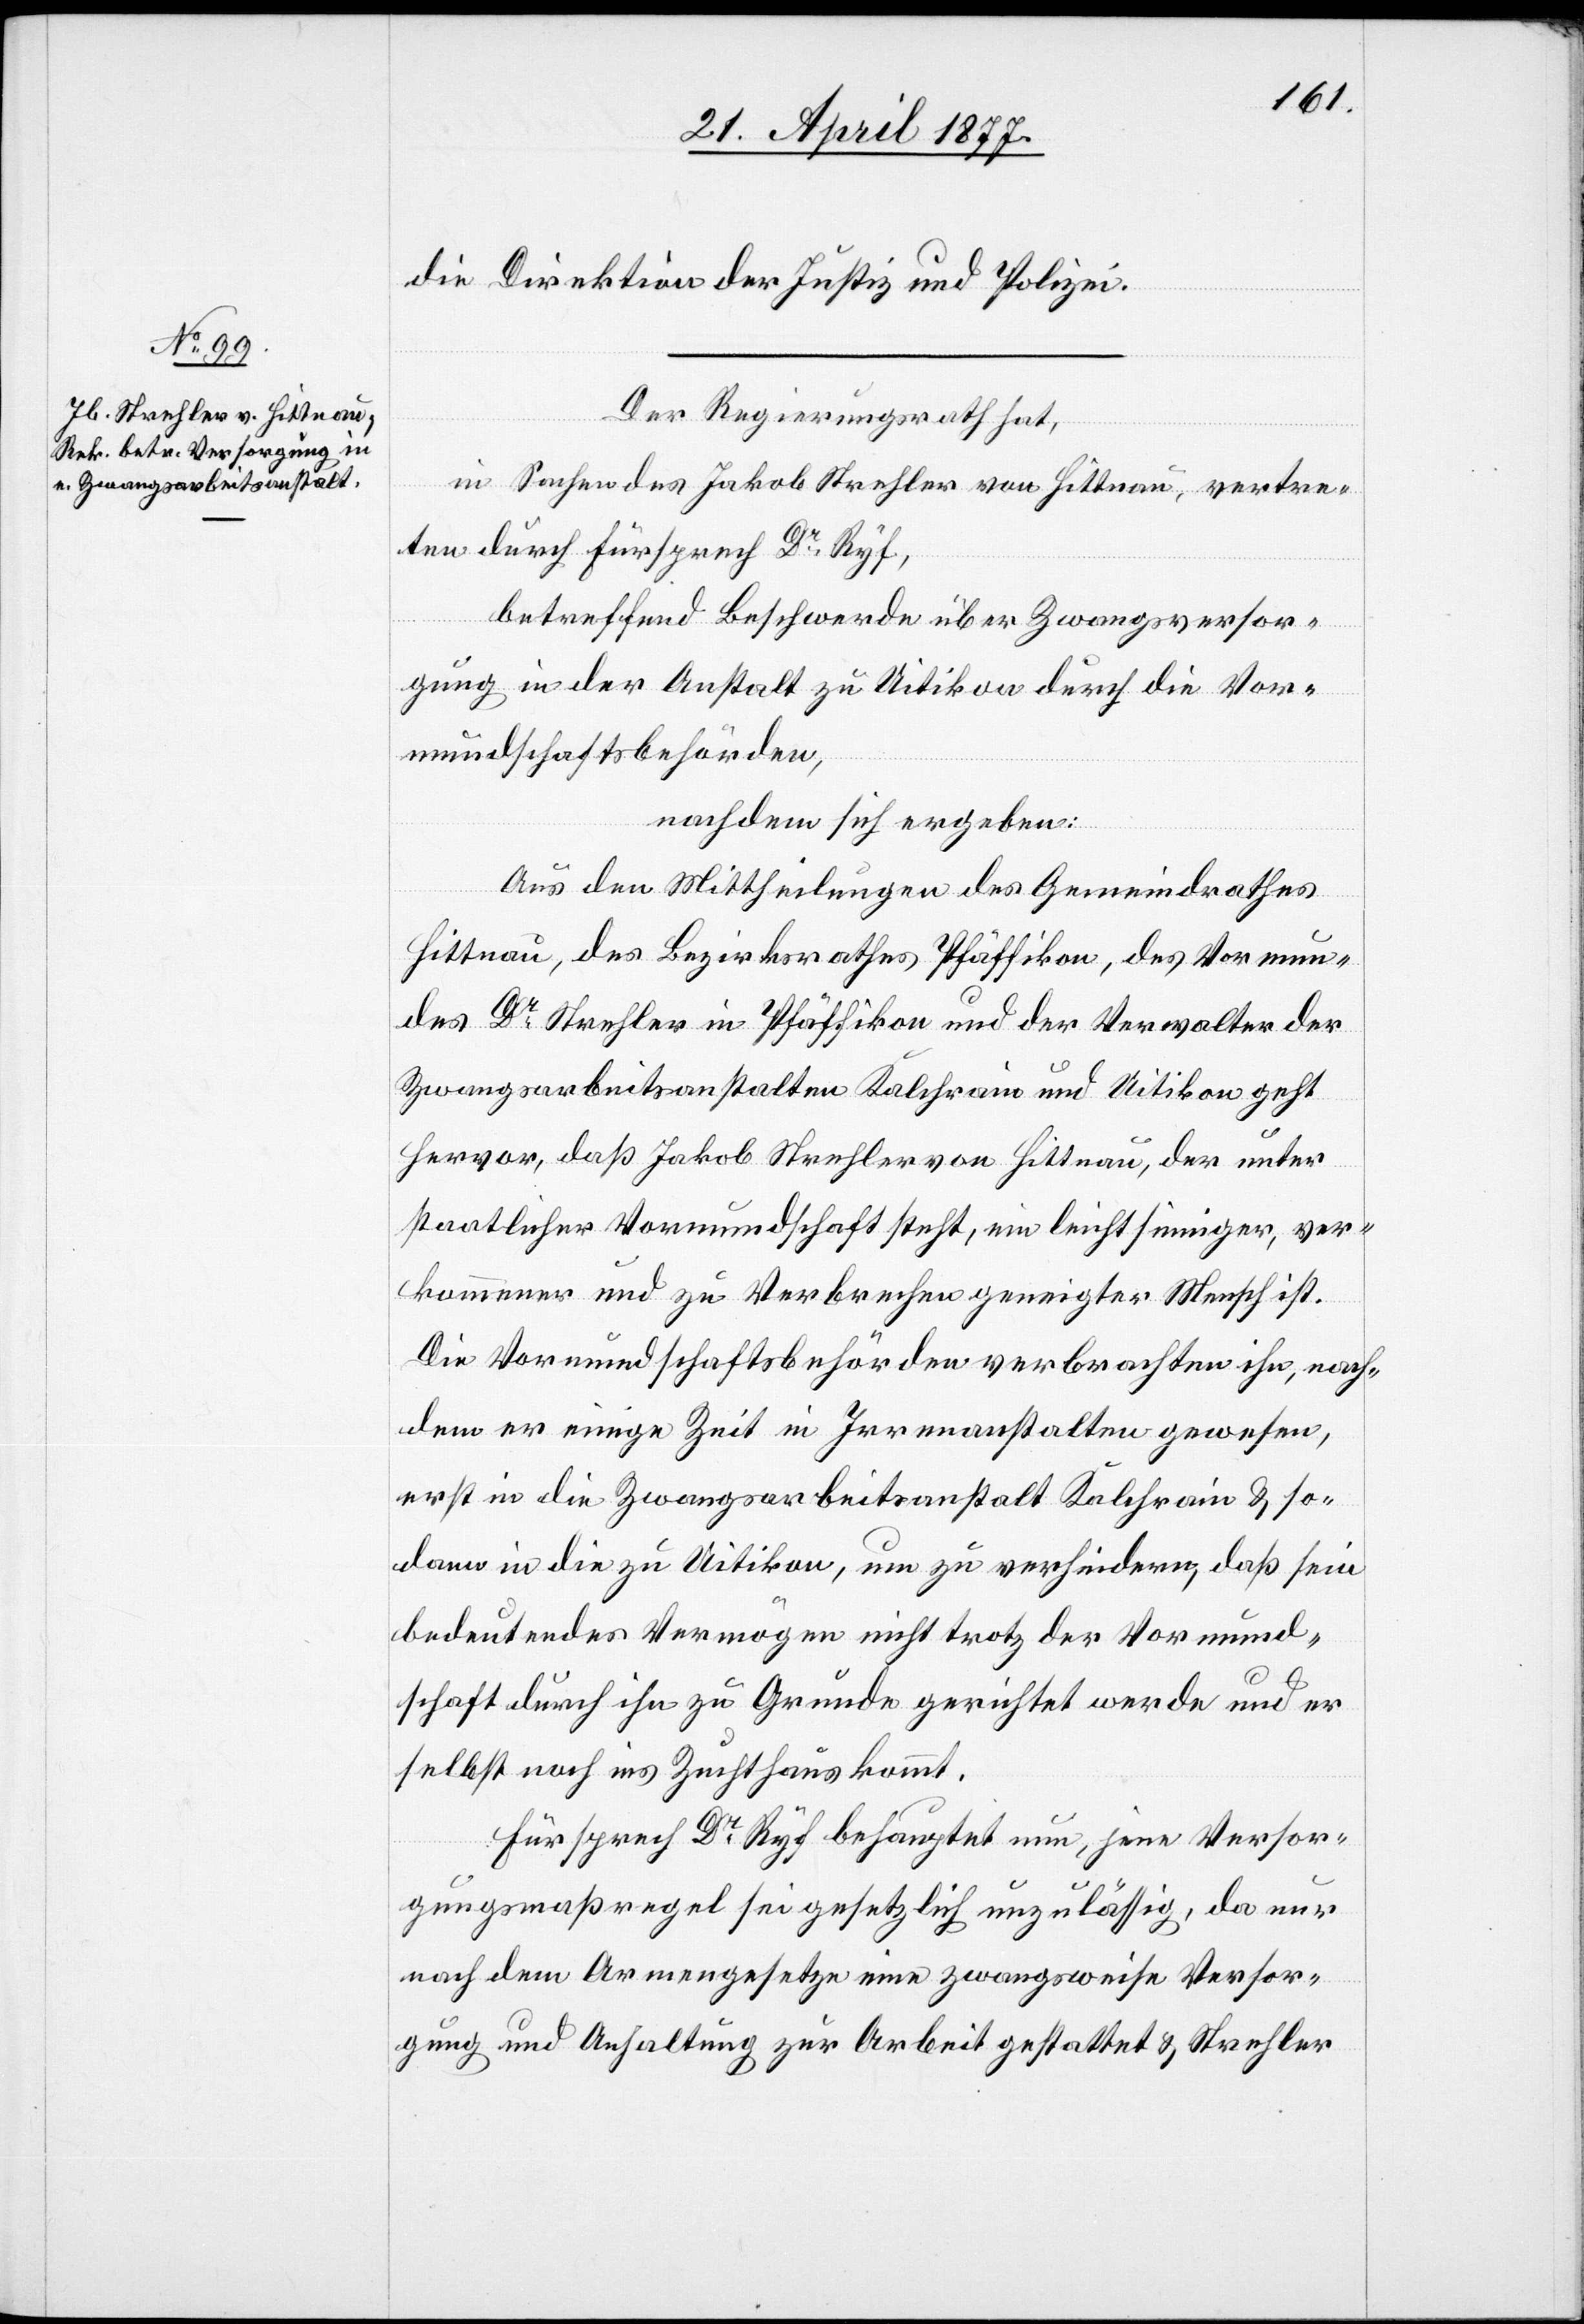
die Direktion der Justiz und Polizei.
Der Regierungsrath hat,
in Sachen des Jakob Strehler von Hittnau, vertre¬
ten durch Fürsprech Dr Ryf,
betreffend Beschwerde über Zwangsversor¬
gung in der Anstalt zu Uitikon durch die Vor¬
mundschaftsbehörden,
nachdem sich ergeben:
Aus den Mittheilungen des Gemeindrathes
Hittnau, des Bezirksrathes Pfäffikon, des Vormun¬
des Dr Strehler in Pfäffikon und der Verwalter der
Zwangsarbeitsanstalten Kalchrain und Uitikon geht
hervor, daß Jakob Strehler von Hittnau, der unter
staatlicher Vormundschaft steht, ein leichtsinniger, ver¬
kommener und zu Verbrechen geneigter Mensch ist.
Die Vormundschaftsbehörden verbrachten ihn, nach¬
dem er einige Zeit in Irrenanstalten gewesen,
erst in die Zwangsarbeitsanstalt Kalchrain & so¬
dann in die zu Uitikon, um zu verhindern, daß sein
bedeutendes Vermögen nicht trotz der Vormund¬
schaft durch ihn zu Grunde gerichtet werde und er
selbst noch ins Zuchthaus kommt.
Fürsprech Dr Ryf behauptet nun, jene Versor¬
gungsmaßregel sei gesetzlich unzulässig, da nur
nach dem Armengesetze eine zwangsweise Versor¬
gung und Anhaltung zur Arbeit gestattet & Strehler